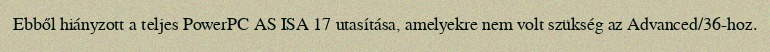
Ebből hiányzott a teljes PowerPC AS ISA 17 utasítása, amelyekre nem volt szükség az Advanced/36-hoz.